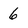
Character: 6